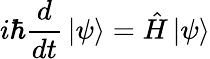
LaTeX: i\hbar{\frac{d}{dt}}\left|\psi\right\rangle={\hat{H}}\left|\psi\right\rangle